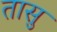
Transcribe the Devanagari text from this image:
तासु